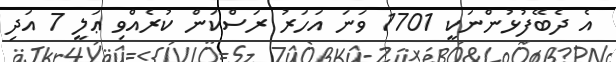
އެ ދެބޭފުޅުންނަކީ 1701 ވަނަ އަހަރު ރަސްކަން ކުރެއްވި ޢަލީ 7 އަދި